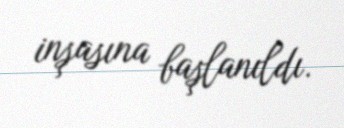
inşasına başlanıldı.